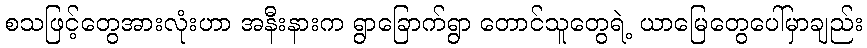
စသဖြင့်တွေအားလုံးဟာ အနီးနားက ရွာခြောက်ရွာ တောင်သူတွေရဲ့ ယာမြေတွေပေါ်မှာချည်း